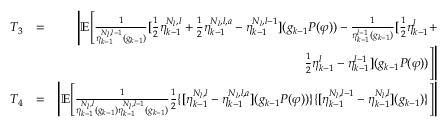
\begin{array} { r l r } { T _ { 3 } } & { = } & { \Bigg | \mathbb { E } \Bigg [ \frac { 1 } { \eta _ { k - 1 } ^ { N _ { l } , l - 1 } ( g _ { k - 1 } ) } [ \frac { 1 } { 2 } \eta _ { k - 1 } ^ { N _ { l } , l } + \frac { 1 } { 2 } \eta _ { k - 1 } ^ { N _ { l } , l , a } - \eta _ { k - 1 } ^ { N _ { l } , l - 1 } ] ( g _ { k - 1 } P ( \varphi ) ) - \frac { 1 } { \eta _ { k - 1 } ^ { l - 1 } ( g _ { k - 1 } ) } [ \frac { 1 } { 2 } \eta _ { k - 1 } ^ { l } + } \\ & { } & { \frac { 1 } { 2 } \eta _ { k - 1 } ^ { l } - \eta _ { k - 1 } ^ { l - 1 } ] ( g _ { k - 1 } P ( \varphi ) ) \Bigg ] \Bigg | } \\ { T _ { 4 } } & { = } & { \Bigg | \mathbb { E } \Bigg [ \frac { 1 } { \eta _ { k - 1 } ^ { N _ { l } , l } ( g _ { k - 1 } ) \eta _ { k - 1 } ^ { N _ { l } , l - 1 } ( g _ { k - 1 } ) } \frac { 1 } { 2 } \{ [ \eta _ { k - 1 } ^ { N _ { l } , l } - \eta _ { k - 1 } ^ { N _ { l } , l , a } ] ( g _ { k - 1 } P ( \varphi ) ) \} \{ [ \eta _ { k - 1 } ^ { N _ { l } , l - 1 } - \eta _ { k - 1 } ^ { N _ { l } , l } ] ( g _ { k - 1 } ) \} \Bigg ] \Bigg | } \end{array}